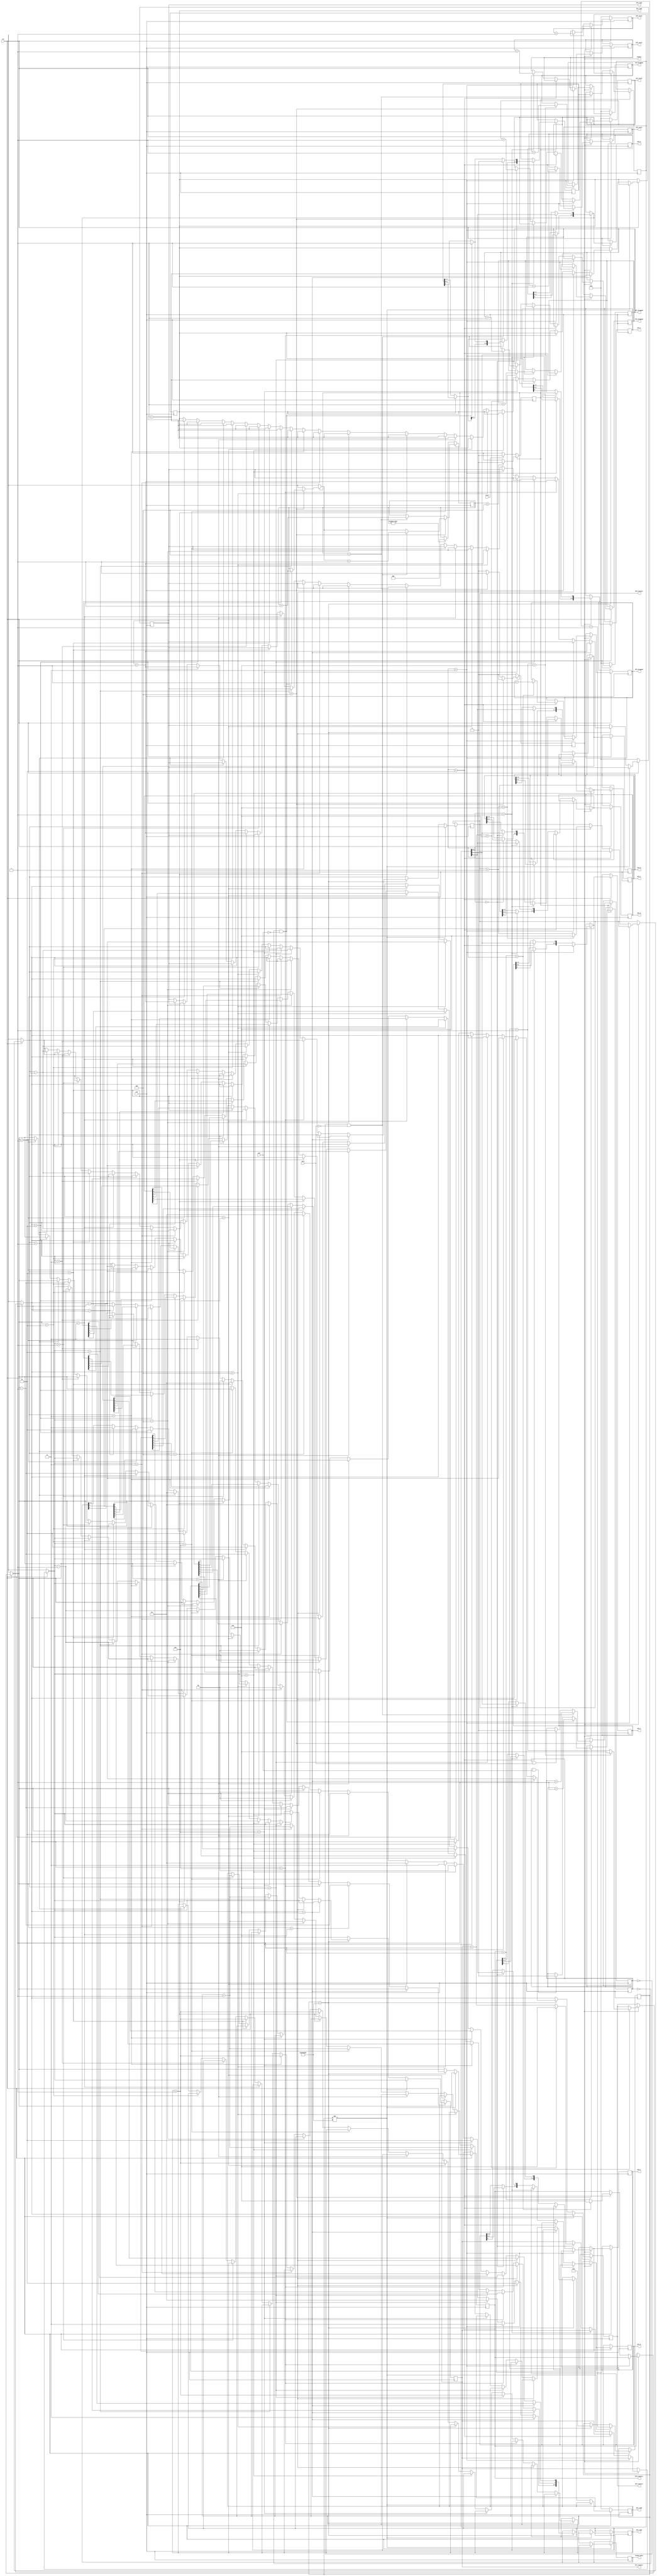
`timescale 1 ns / 1 ns 

module overall(input clk,
input one,
input zero,
input start,
input rst,
output reg [5:0] bf1_0 = 0,
output reg [5:0] bf1_1 = 0,
output reg [2:0] bf1_counter = 0,
output reg enable,
output reg [5:0] bf2_0 = 0,
output reg [5:0] bf2_1 = 0,
output reg [5:0] bf3_0 = 0,
output reg [5:0] bf3_1 = 0,
output reg [5:0] bf4_0 = 0,
output reg [5:0] bf4_1 = 0,
output reg [2:0] bf2_counter = 0,
output reg [2:0] bf3_counter = 0,
output reg [2:0] bf4_counter = 0,
output reg [7:0] bf1_dropped = 0,
output reg [7:0] bf2_dropped = 0,
output reg [7:0] bf3_dropped = 0,
output reg [7:0] bf4_dropped = 0,
output reg [7:0] bf1_total = 0,
output reg [7:0] bf2_total = 0,
output reg [7:0] bf3_total = 0,
output reg [7:0] bf4_total = 0,
output reg [7:0] bf1_read = 0,
output reg [7:0] bf2_read = 0,
output reg [7:0] bf3_read = 0,
output reg [7:0] bf4_read = 0,
output reg [3:0] output_data = 0

);



reg [27:0] modifiled_clk_counter = 0;
reg [3:0] middle = 0;
//reg enable;
reg [3:0] data;
reg state;
reg one_enabler;
reg zero_enabler;
reg [2:0] counter;

parameter st0_idle = 'd0;
parameter st1_input = 'd1;

						
initial begin
state = st0_idle;
end

always @ (posedge clk)
begin
	
	if (state == st0_idle)
		begin
			if (start == 0)
				state <= st1_input;
		end
	else if (state == st1_input)
		begin
			if (counter > 4)
				state <= st0_idle;
		end
end


always @ (posedge clk)
	begin
		
		if (enable == 1)
			enable = 0;				
		if (state == st0_idle)
			begin
				if (counter != 0)
					counter = 0;
			end
		else if (state == st1_input)
			begin
				if (counter < 4)
					begin
						if (one_enabler == 0 && one == 0)
							begin
								middle = middle << 1;
								middle[0] = 1;
								counter = counter + 1;
								one_enabler = one_enabler + 1;
							end
						else if (one_enabler != 0 && one == 1)
							one_enabler = 0;
						if (zero_enabler == 0 && zero == 0)												
							begin
								middle = middle << 1;
								middle[0] = 0;
								counter = counter + 1;
								zero_enabler = zero_enabler + 1;
							end
						else if (zero_enabler != 0 && zero == 1)
							zero_enabler = 0;
					end
				else if (counter == 4)
					begin
						data=middle;
						enable = 1;
						counter = counter + 1;
					end
			end
	end
always @ (posedge clk)	
begin		
			if (rst == 0)
				begin
					bf1_total = 0;
					bf1_dropped = 0;
					bf1_read = 0;
					bf4_total = 0;
					bf4_dropped = 0;
					bf4_read = 0;
				end	
			else if (rst == 1)
			begin
			if (enable ==1)
				begin
					
					if (data[3:2]==2'b11)
						begin
							bf4_0 = bf4_0 << 1;
							bf4_1 = bf4_1 << 1;
							bf4_0[0] = data[0];
							bf4_1[0] = data[1];
							bf4_counter = bf4_counter + 1;
							bf4_total = bf4_total + 1;
							
							if (bf4_counter > 6)
								begin
									bf4_dropped = bf4_dropped + 1;
									bf4_counter = 6;
								end
						end
					else if (data[3:2]==2'b10)
						begin
							bf3_0 = bf3_0 << 1;
							bf3_1 = bf3_1 << 1;
							bf3_0[0] = data[0];
							bf3_1[0] = data[1];
							bf3_counter = bf3_counter + 1;
							bf3_total = bf3_total + 1;
							if (bf3_counter > 6)
								begin
									bf3_dropped = bf3_dropped + 1;
									bf3_counter = 6;
								end
						end
					else if (data[3:2]==2'b01)
						begin
							bf2_0 = bf2_0 << 1;
							bf2_1 = bf2_1 << 1;
							bf2_0[0] = data[0];
							bf2_1[0] = data[1];
							bf2_counter = bf2_counter + 1;
							bf2_total = bf2_total + 1;
							if (bf2_counter > 6)
								begin
									bf2_dropped = bf2_dropped + 1;
									bf2_counter = 6;
								end
						end
					else if (data[3:2]==2'b00)
						begin
							bf1_0 = bf1_0 << 1;
							bf1_1 = bf1_1 << 1;
							bf1_0[0] = data[0];
							bf1_1[0] = data[1];
							bf1_counter = bf1_counter + 1;
							bf1_total = bf1_total + 1;
							if (bf1_counter > 6)
								begin
									bf1_dropped = bf1_dropped + 1;
									bf1_counter = 6;
								end
						end
						
				end
				if (modifiled_clk_counter != 150000000)
					modifiled_clk_counter = modifiled_clk_counter + 1;
				else if (modifiled_clk_counter == 150000000)
					begin
						if (bf4_counter == 6)
							begin
								output_data[3:2] = 2'b11;
								output_data[1] = bf4_1[5];
								output_data[0] = bf4_0[5];
								bf4_counter = bf4_counter - 1;
								bf4_read = bf4_read + 1;
							end
						else if (bf3_counter == 6)
							begin
								output_data[3:2] = 2'b10;
								output_data[1] = bf3_1[5];
								output_data[0] = bf3_0[5];
								bf3_counter = bf3_counter - 1;
								bf3_read = bf3_read + 1;
							end
						else if (bf4_counter == 5)
							begin
								output_data[3:2] = 2'b11;
								output_data[1] = bf4_1[4];
								output_data[0] = bf4_0[4];
								bf4_counter = bf4_counter - 1;
								bf4_read = bf4_read + 1;
							end
						else if (bf2_counter == 6)
							begin
								output_data[3:2] = 2'b01;
								output_data[1] = bf2_1[5];
								output_data[0] = bf2_0[5];
								bf2_counter = bf2_counter - 1;
								bf2_read = bf2_read + 1;
							end
						else if (bf3_counter == 5)
							begin
								output_data[3:2] = 2'b10;
								output_data[1] = bf3_1[4];
								output_data[0] = bf3_0[4];
								bf3_counter = bf3_counter - 1;
								bf3_read = bf3_read + 1;
							end
						else if (bf1_counter == 6)
							begin
								output_data[3:2] = 2'b00;
								output_data[1] = bf1_1[5];
								output_data[0] = bf1_0[5];
								bf1_counter = bf1_counter - 1;
								bf1_read = bf1_read + 1;
							end
						else if (bf4_counter == 4)
							begin
								output_data[3:2] = 2'b11;
								output_data[1] = bf4_1[3];
								output_data[0] = bf4_0[3];
								bf4_counter = bf4_counter - 1;
								bf4_read = bf4_read + 1;
							end
						else if (bf2_counter == 5)
							begin
								output_data[3:2] = 2'b01;
								output_data[1] = bf2_1[4];
								output_data[0] = bf2_0[4];
								bf2_counter = bf2_counter - 1;
								bf2_read = bf2_read + 1;
							end
						else if (bf3_counter == 4)
							begin
								output_data[3:2] = 2'b10;
								output_data[1] = bf3_1[3];
								output_data[0] = bf3_0[3];
								bf3_counter = bf3_counter - 1;
								bf3_read = bf3_read + 1;
							end
						else if (bf1_counter == 5)
							begin
								output_data[3:2] = 2'b00;
								output_data[1] = bf1_1[4];
								output_data[0] = bf1_0[4];
								bf1_counter = bf1_counter - 1;
								bf1_read = bf1_read + 1;
							end
						else if (bf2_counter == 4)
							begin
								output_data[3:2] = 2'b01;
								output_data[1] = bf2_1[3];
								output_data[0] = bf2_0[3];
								bf2_counter = bf2_counter - 1;
								bf2_read = bf2_read + 1;
							end
						else if (bf1_counter == 4)
							begin
								output_data[3:2] = 2'b00;
								output_data[1] = bf1_1[3];
								output_data[0] = bf1_0[3];
								bf1_counter = bf1_counter - 1;
								bf1_read = bf1_read + 1;
							end
						else if (bf1_counter == 3)
							begin
								output_data[3:2] = 2'b00;
								output_data[1] = bf1_1[2];
								output_data[0] = bf1_0[2];
								bf1_counter = bf1_counter - 1;
								bf1_read = bf1_read + 1;
							end
						else if (bf2_counter == 3)
							begin
								output_data[3:2] = 2'b01;
								output_data[1] = bf2_1[2];
								output_data[0] = bf2_0[2];
								bf2_counter = bf2_counter - 1;
								bf2_read = bf2_read + 1;
							end
						else if (bf1_counter == 2)
							begin
								output_data[3:2] = 2'b00;
								output_data[1] = bf1_1[1];
								output_data[0] = bf1_0[1];
								bf1_counter = bf1_counter - 1;
								bf1_read = bf1_read + 1;
							end
						else if (bf3_counter == 3)
							begin
								output_data[3:2] = 2'b10;
								output_data[1] = bf3_1[2];
								output_data[0] = bf3_0[2];
								bf3_counter = bf3_counter - 1;
								bf3_read = bf3_read + 1;
							end
						else if (bf2_counter == 2)
							begin
								output_data[3:2] = 2'b01;
								output_data[1] = bf2_1[1];
								output_data[0] = bf2_0[1];
								bf2_counter = bf2_counter - 1;
								bf2_read = bf2_read + 1;
							end
						else if (bf1_counter == 1)
							begin
								output_data[3:2] = 2'b00;
								output_data[1] = bf1_1[0];
								output_data[0] = bf1_0[0];
								bf1_counter = bf1_counter - 1;
								bf1_read = bf1_read + 1;
							end
						else if (bf4_counter == 3)
							begin
								output_data[3:2] = 2'b11;
								output_data[1] = bf4_1[2];
								output_data[0] = bf4_0[2];
								bf4_counter = bf4_counter - 1;
								bf4_read = bf4_read + 1;
							end
						else if (bf3_counter == 2)
							begin
								output_data[3:2] = 2'b10;
								output_data[1] = bf3_1[1];
								output_data[0] = bf3_0[1];
								bf3_counter = bf3_counter - 1;
								bf3_read = bf3_read + 1;
							end
						else if (bf2_counter == 1)
							begin
								output_data[3:2] = 2'b01;
								output_data[1] = bf2_1[0];
								output_data[0] = bf2_0[0];
								bf2_counter = bf2_counter - 1;
								bf2_read = bf2_read + 1;
							end
						else if (bf4_counter == 2)
							begin
								output_data[3:2] = 2'b11;
								output_data[1] = bf4_1[1];
								output_data[0] = bf4_0[1];
								bf4_counter = bf4_counter - 1;
								bf4_read = bf4_read + 1;
							end
						else if (bf3_counter == 1)
							begin
								output_data[3:2] = 2'b10;
								output_data[1] = bf3_1[0];
								output_data[0] = bf3_0[0];
								bf3_counter = bf3_counter - 1;
								bf3_read = bf3_read + 1;
							end
						else if (bf4_counter == 1)
							begin
								output_data[3:2] = 2'b11;
								output_data[1] = bf4_1[0];
								output_data[0] = bf4_0[0];
								bf4_counter = bf4_counter - 1;
								bf4_read = bf4_read + 1;
							end
						modifiled_clk_counter = 0;
					end
				end
		end

endmodule